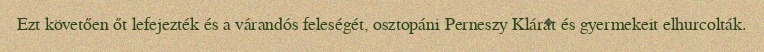
Ezt követően őt lefejezték és a várandós feleségét, osztopáni Perneszy Klárát és gyermekeit elhurcolták.